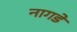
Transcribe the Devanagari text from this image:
नागडे